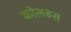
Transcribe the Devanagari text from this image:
कोलबंस